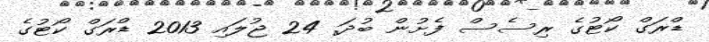
ޑްރަގް ކޯޓުގެ ރިސެސް ފެށުން ބުދަ